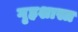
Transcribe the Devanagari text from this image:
गृहशास्त्र